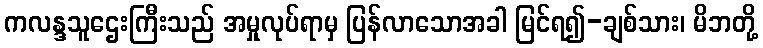
ကလန္ဒသူဌေးကြီးသည် အမှုလုပ်ရာမှ ပြန်လာသောအခါ မြင်ရ၍-ချစ်သား၊ မိဘတို့